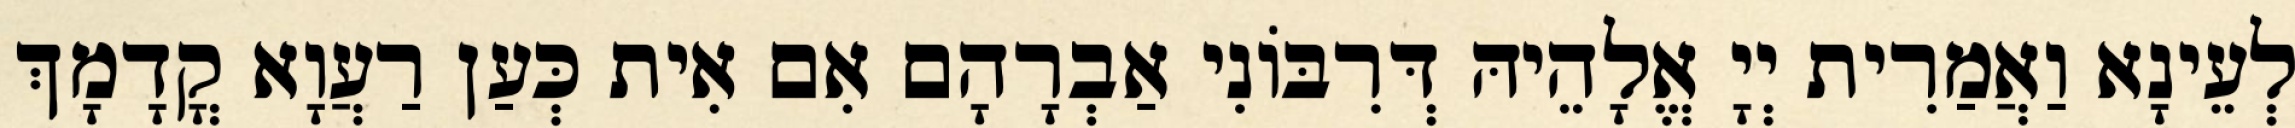
לְעֵינָא וַאֲמַרִית יְיָ אֱלָהֵיהּ דְּרִבּוֹנִי אַבְרָהָם אִם אִית כְּעַן רַעֲוָא קֳדָמָךְ